38_143685_box_Incident_Summaries_101-172
Agency: Department of War
Page 33
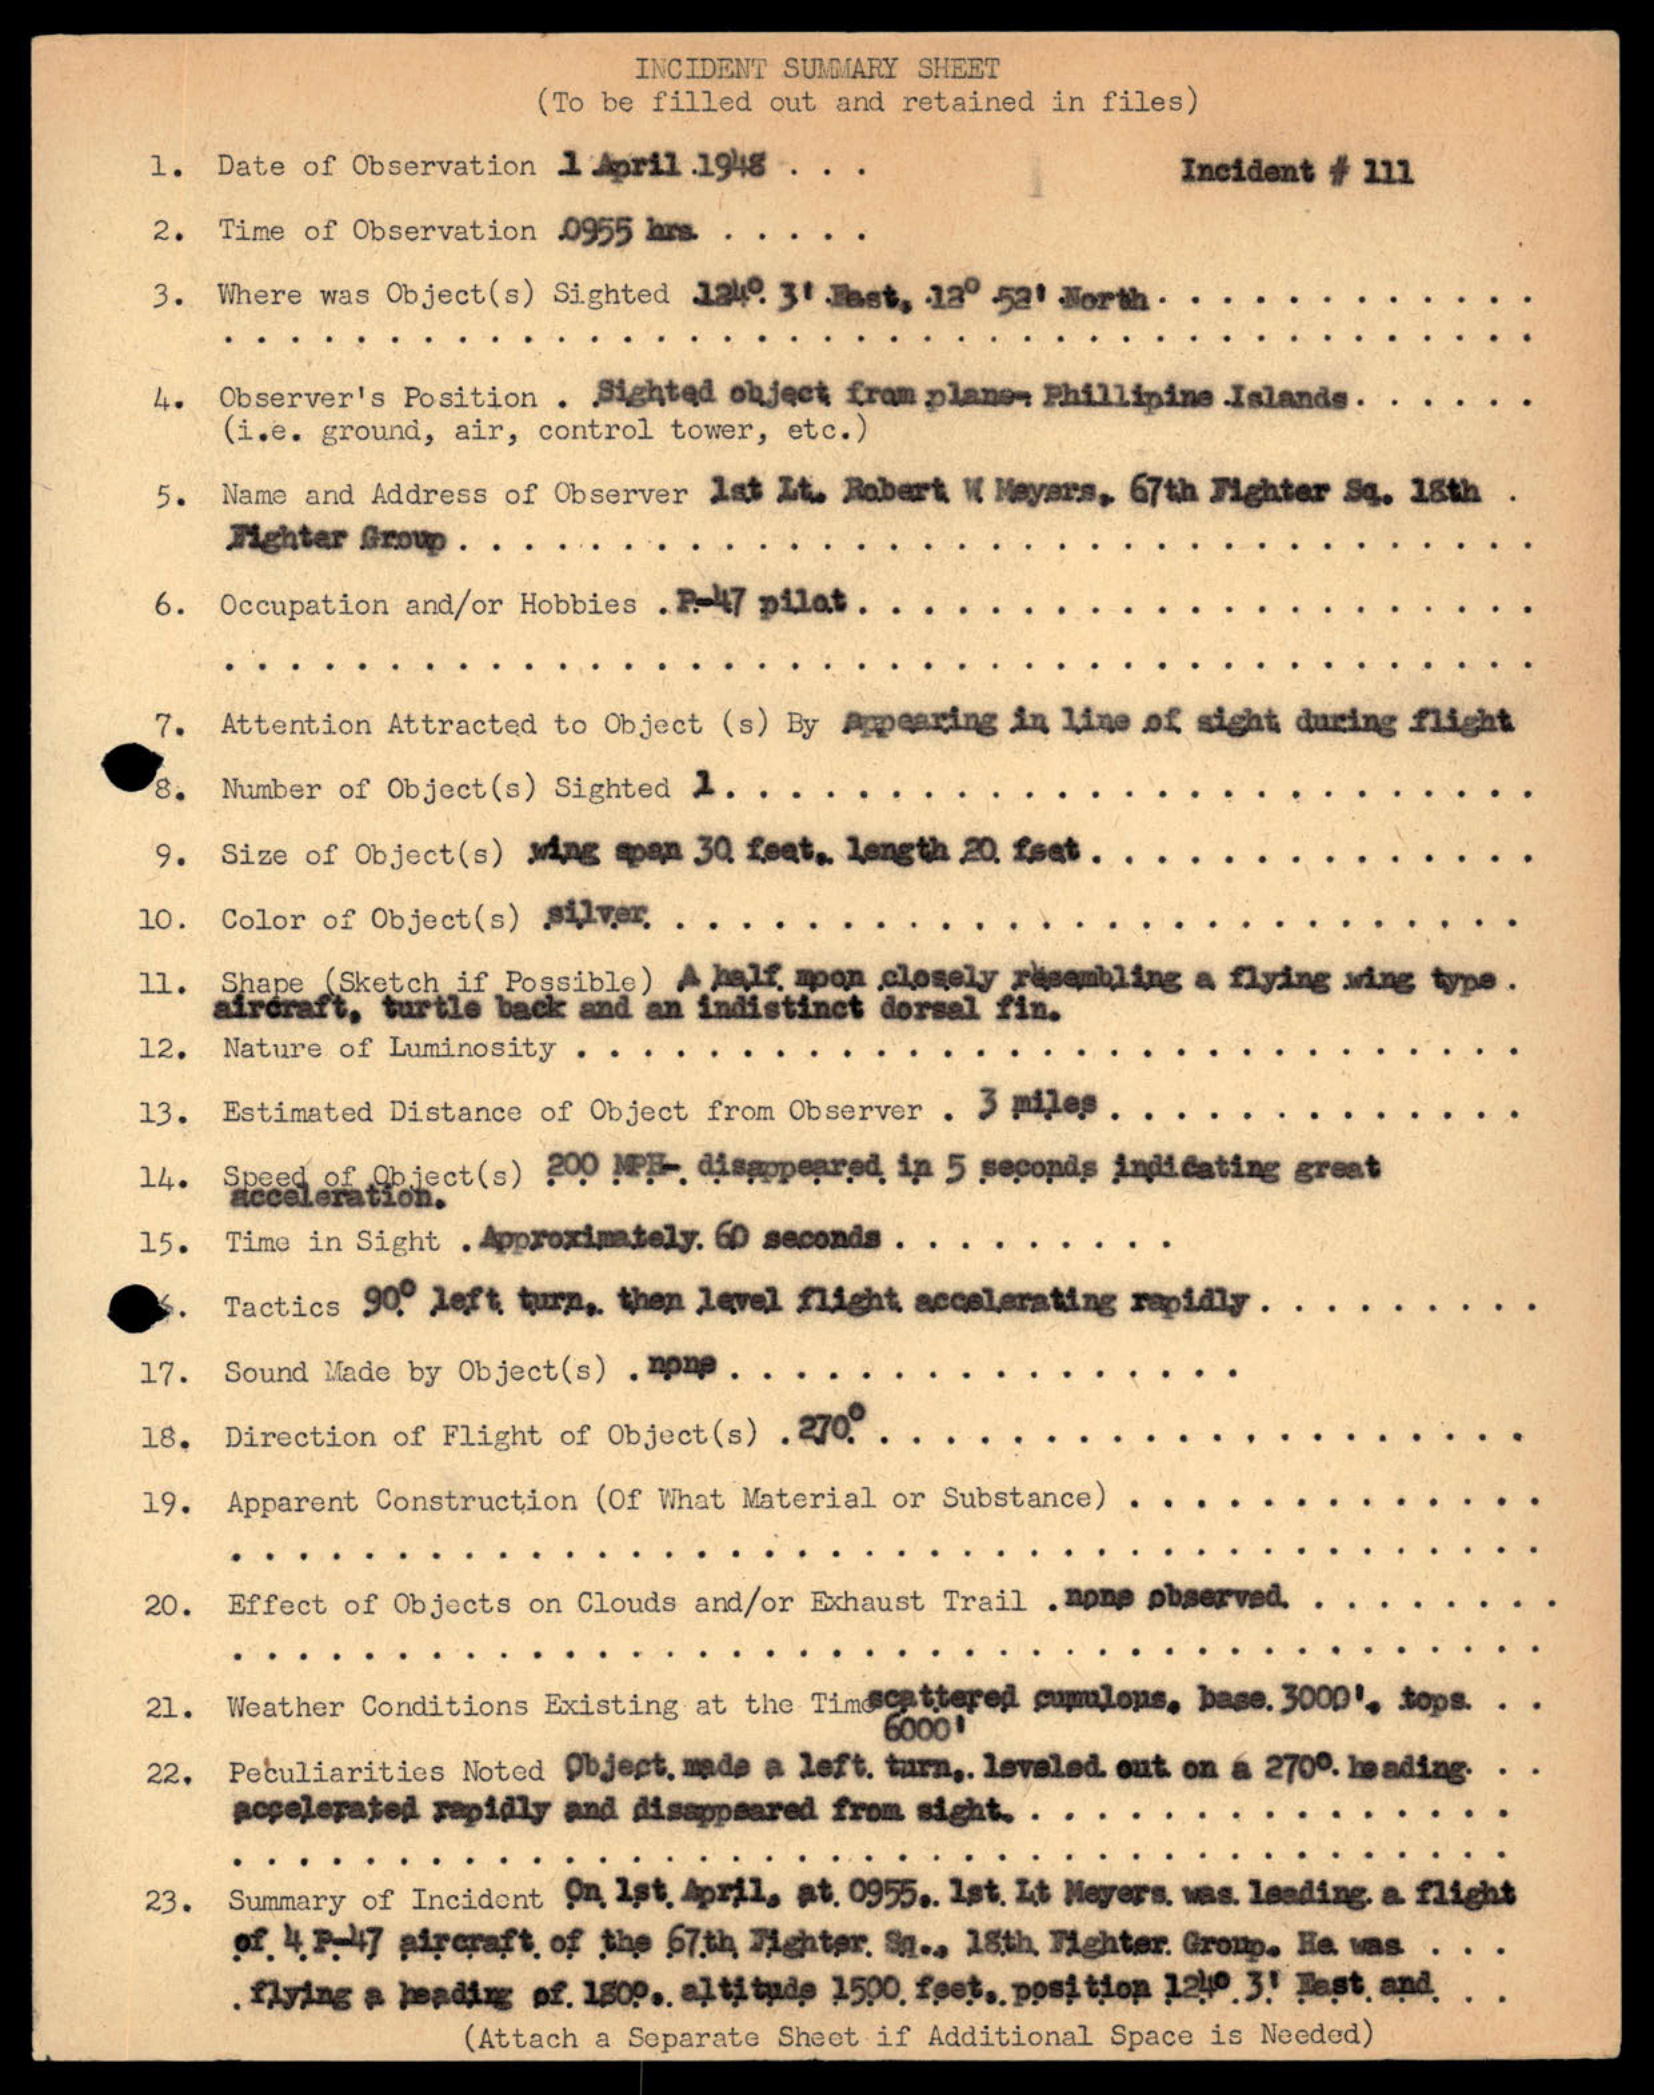